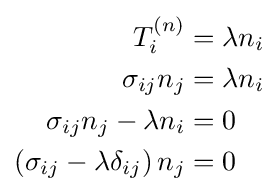
{\begin{aligned}T_{i}^{(n)}&=\lambda n_{i}\\\sigma _{ij}n_{j}&=\lambda n_{i}\\\sigma _{ij}n_{j}-\lambda n_{i}&=0\\\left(\sigma _{ij}-\lambda \delta _{ij}\right)n_{j}&=0\\\end{aligned}}